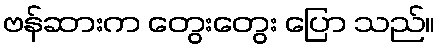
ဗန်ဆားက တွေးတွေး ပြော သည်။